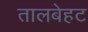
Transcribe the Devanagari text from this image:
तालबेहट